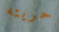
حريته